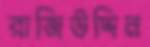
রাজিউদ্দিন